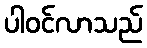
ပါဝင်လာသည်